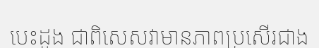
បេះដូង ជាពិសេសវាមានភាពប្រសើរជាង